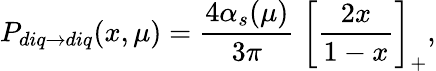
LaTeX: P_{diq\to diq}(x,\mu)=\frac{4\alpha_{s}(\mu)}{3\pi}\; \bigg[\frac{2x}{1-x}\biggr]_{+},